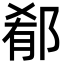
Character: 郩